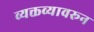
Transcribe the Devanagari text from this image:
व्यक्तव्यावरून